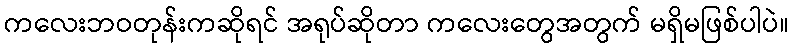
ကလေးဘဝတုန်းကဆိုရင် အရုပ်ဆိုတာ ကလေးတွေအတွက် မရှိမဖြစ်ပါပဲ။